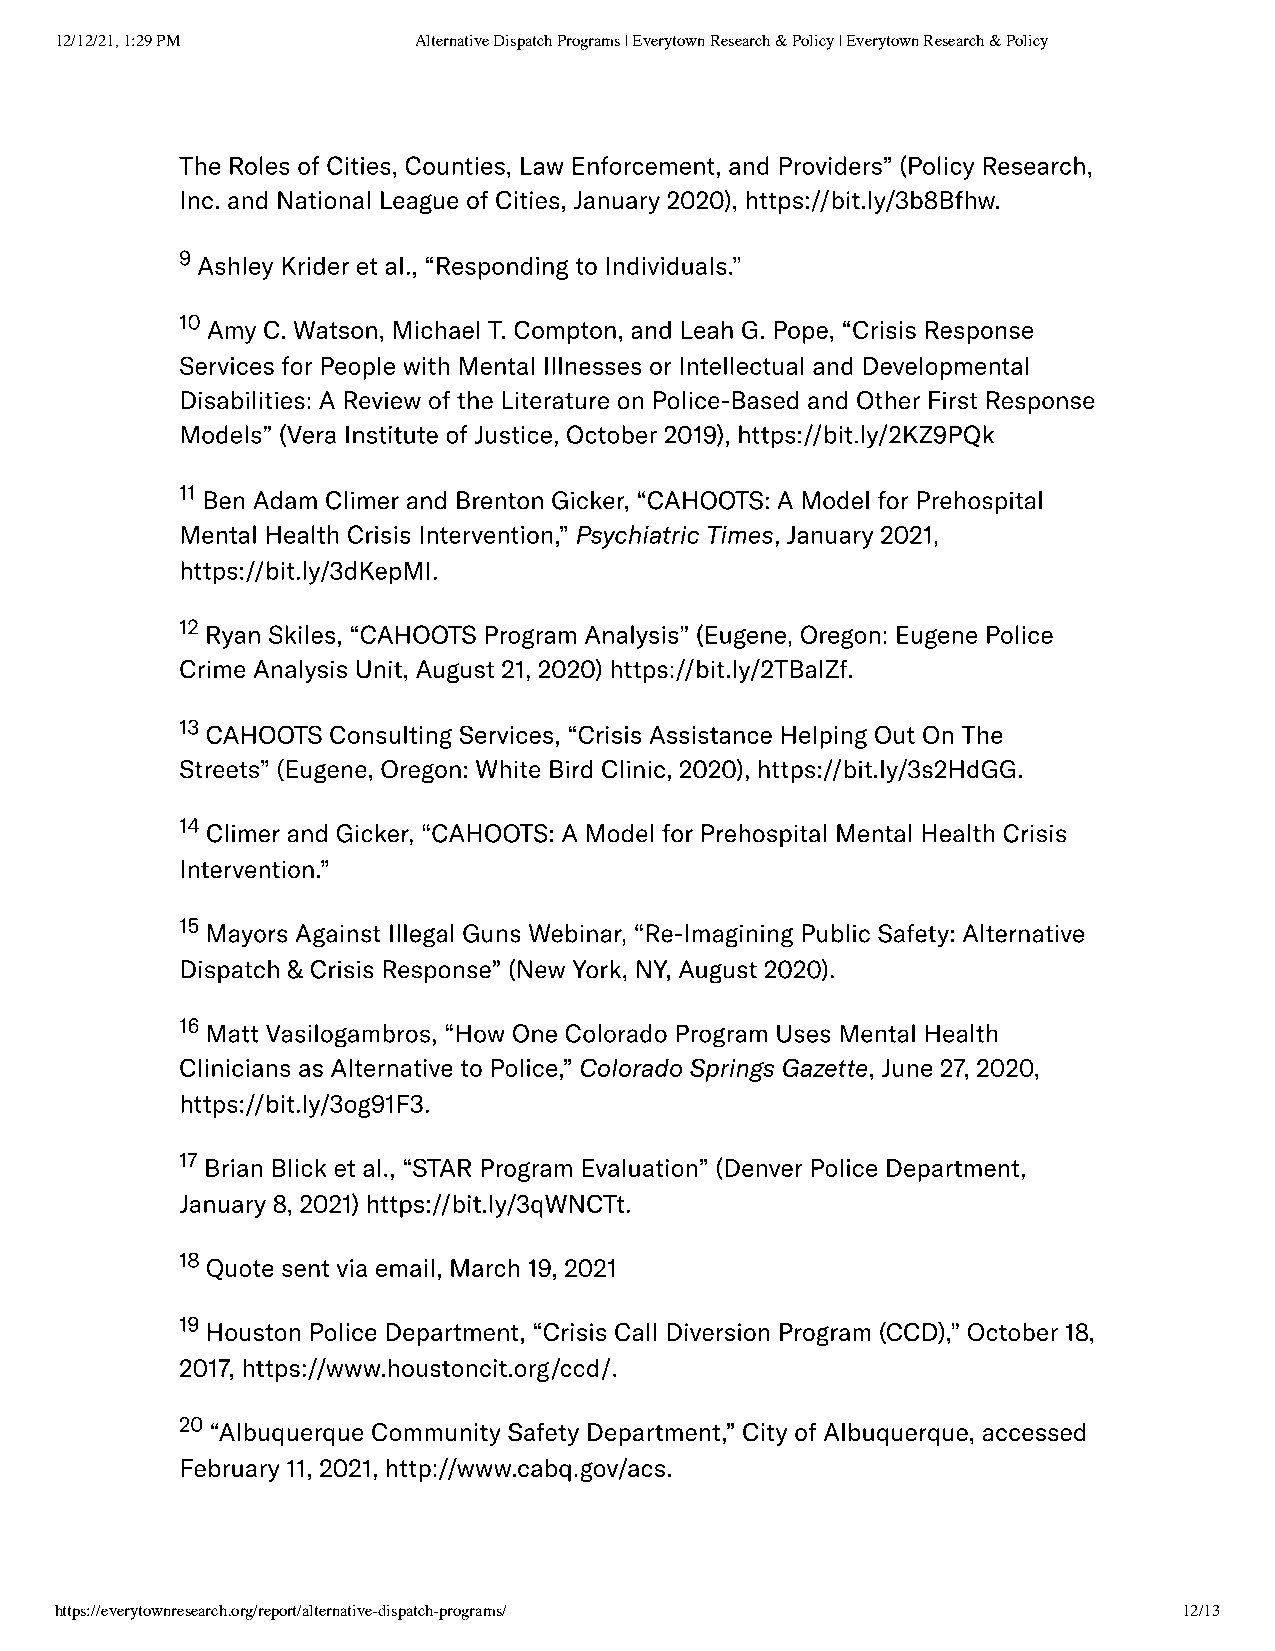
12/12/21, 1:29 PM      Alternative Dispatch Programs | Everytown Research & Policy | Everytown Research & Policy
 The Roles of Cities, Counties, Law Enforcement, and Providers” (Policy Research,
 Inc. and National League of Cities, January 2020), https://bit.ly/3b8Bfhw.
 9Ashley Krider et al., “Responding to Individuals.”
 10Amy C. Watson, Michael T. Compton, and Leah G. Pope, “Crisis Response
 Services for People with Mental Illnesses or Intellectual and Developmental
 Disabilities: A Review of the Literature on Police-Based and Other First Response
 Models” (Vera Institute of Justice, October 2019), https://bit.ly/2KZ9PQk
 11Ben Adam Climer and Brenton Gicker, “CAHOOTS: A Model for Prehospital
 Mental Health Crisis Intervention,” Psychiatric Times, January 2021,
 https://bit.ly/3dKepMI.
 12Ryan Skiles, “CAHOOTS Program Analysis” (Eugene, Oregon: Eugene Police
 Crime Analysis Unit, August 21, 2020) https://bit.ly/2TBalZf.
 13CAHOOTS Consulting Services, “Crisis Assistance Helping Out On The
 Streets” (Eugene, Oregon: White Bird Clinic, 2020), https://bit.ly/3s2HdGG.
 14Climer and Gicker, “CAHOOTS: A Model for Prehospital Mental Health Crisis
 Intervention.”
 15Mayors Against Illegal Guns Webinar, “Re-Imagining Public Safety: Alternative
 Dispatch & Crisis Response” (New York, NY, August 2020).
 16Matt Vasilogambros, “How One Colorado Program Uses Mental Health
 Clinicians as Alternative to Police,” Colorado Springs Gazette, June 27, 2020,
 https://bit.ly/3og91F3.
 17Brian Blick et al., “STAR Program Evaluation” (Denver Police Department,
 January 8, 2021) https://bit.ly/3qWNCTt.
 18Quote sent via email, March 19, 2021
 19Houston Police Department, “Crisis Call Diversion Program (CCD),” October 18,
 2017, https://www.houstoncit.org/ccd/.
 20“Albuquerque Community Safety Department,” City of Albuquerque, accessed
 February 11, 2021, http://www.cabq.gov/acs.
 https://everytownresearch.org/report/alternative-dispatch-programs/       12/13